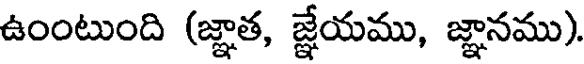
ఉంంటుంది (జ్ఞాత, జ్ఞేయము, జ్ఞానము).